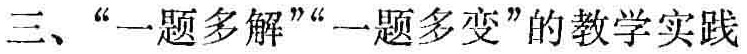
三、“一题多解”“一题多变”的教学实践